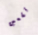
تقعين